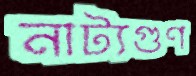
নাট্যগুণ